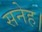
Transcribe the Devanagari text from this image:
सनेह।